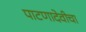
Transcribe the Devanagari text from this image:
पाटणादेवीचा